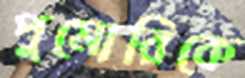
পুমোরিকে